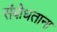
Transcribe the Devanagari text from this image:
संबोधताना